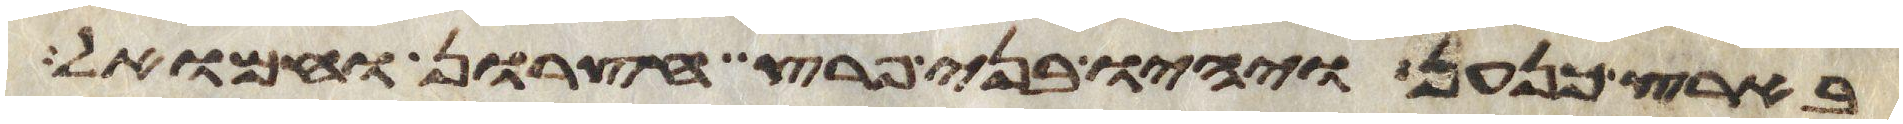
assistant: בארץ כנען ויהיו בני פרץ חצרון וחמואל